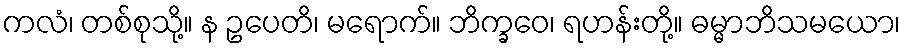
ကလံ၊ တစ်စုသို့။ န ဥပေတိ၊ မရောက်။ ဘိက္ခဝေ၊ ရဟန်းတို့။ ဓမ္မာဘိသမယော၊